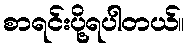
စာရင်းပို့ရပါတယ်။